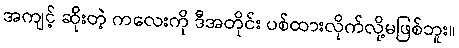
အကျင့် ဆိုးတဲ့ ကလေးကို ဒီအတိုင်း ပစ်ထားလိုက်လို့မဖြစ်ဘူး။